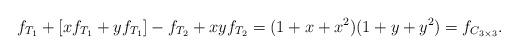
LaTeX: \begin{align*}f_{T_1}+[xf_{T_1} + yf_{T_1}] - f_{T_2} + xyf_{T_2} =(1+x+x^2)(1+y+y^2) = f_{C_{3\times 3}}.\end{align*}